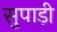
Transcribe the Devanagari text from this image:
सुपाड़ी